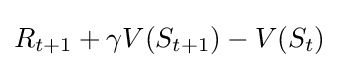
R_{t+1}+\gamma V(S_{t+1})-V(S_{t})